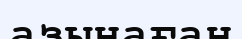
азынаған